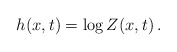
\begin{align*}h(x,t) = \log Z(x,t) \,.\end{align*}